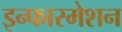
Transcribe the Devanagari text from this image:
इन्फारमेशन